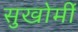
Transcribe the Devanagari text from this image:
सुखोर्मी